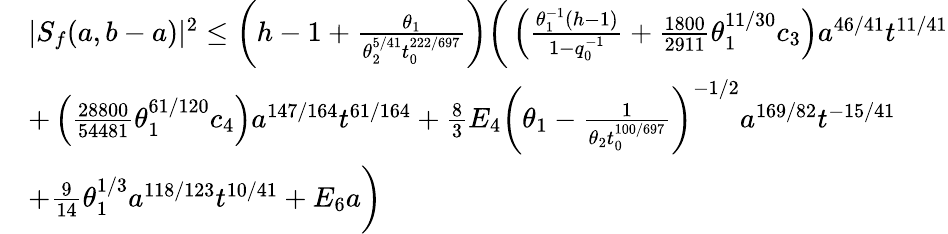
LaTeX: \begin{array}{rl}&{|S_{f}(a,b-a)|^{2}\le\left(h-1+\frac{\theta_{1}}{\theta_{2}^{5/41}t_{0}^{222/697}}\right)\bigg(\left(\frac{\theta_{1}^{-1}(h-1)}{1-q_{0}^{-1}}+\frac{1800}{2911}\theta_{1}^{11/30}c_{3}\right)a^{46/41}t^{11/41}}\\ &{+\left(\frac{28800}{54481}\theta_{1}^{61/120}c_{4}\right)a^{147/164}t^{61/164}+\frac{8}{3}E_{4}\left(\theta_{1}-\frac{1}{\theta_{2}t_{0}^{100/697}}\right)^{-1/2}a^{169/82}t^{-15/41}}\\ &{+\frac{9}{14}\theta_{1}^{1/3}a^{118/123}t^{10/41}+E_{6}a\bigg)}\end{array}